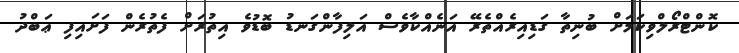
ކޮންޓްރޯލްވިކަމަށް ބުނިތާ ގަޑިއިރެއްތެރޭ އަނެއްކާވެސް އަލިފާންގަނޑު ބޮޑުވެ އިތުރަށް ފެތުރެން ފަށައިފި ޢަބްދު